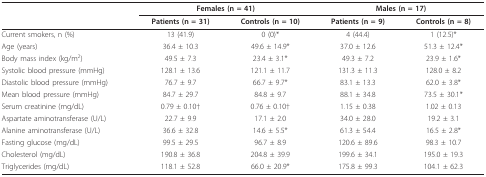
<table><thead><tr><td></td><td colspan="2"><b>Females (n = 41)</b></td><td colspan="2"><b>Males (n = 17)</b></td></tr><tr><td></td><td><b>Patients (n = 31)</b></td><td><b>Controls (n = 10)</b></td><td><b>Patients (n = 9)</b></td><td><b>Controls (n = 8)</b></td></tr></thead><tbody><tr><td>Current smokers, n (%)</td><td>13 (41.9)</td><td>0 (0)*</td><td>4 (44.4)</td><td>1 (12.5)*</td></tr><tr><td>Age (years)</td><td>36.4 ± 10.3</td><td>49.6 ± 14.9*</td><td>37.0 ± 12.6</td><td>51.3 ± 12.4*</td></tr><tr><td>Body mass index (kg/m<sup>2</sup>)</td><td>49.5 ± 7.3</td><td>23.4 ± 3.1*</td><td>49.3 ± 7.2</td><td>23.9 ± 1.6*</td></tr><tr><td>Systolic blood pressure (mmHg)</td><td>128.1 ± 13.6</td><td>121.1 ± 11.7</td><td>131.3 ± 11.3</td><td>128.0 ± 8.2</td></tr><tr><td>Diastolic blood pressure (mmHg)</td><td>76.7 ± 9.7</td><td>66.7 ± 9.7*</td><td>83.1 ± 13.3</td><td>62.0 ± 3.8*</td></tr><tr><td>Mean blood pressure (mmHg)</td><td>84.7 ± 29.7</td><td>84.8 ± 9.7</td><td>88.1 ± 34.8</td><td>73.5 ± 30.1*</td></tr><tr><td>Serum creatinine (mg/dL)</td><td>0.79 ± 0.10†</td><td>0.76 ± 0.10†</td><td>1.15 ± 0.38</td><td>1.02 ± 0.13</td></tr><tr><td>Aspartate aminotransferase (U/L)</td><td>22.7 ± 9.9</td><td>17.1 ± 2.0</td><td>34.0 ± 28.0</td><td>19.2 ± 3.1</td></tr><tr><td>Alanine aminotransferase (U/L)</td><td>36.6 ± 32.8</td><td>14.6 ± 5.5*</td><td>61.3 ± 54.4</td><td>16.5 ± 2.8*</td></tr><tr><td>Fasting glucose (mg/dL)</td><td>99.5 ± 29.5</td><td>96.7 ± 8.9</td><td>120.6 ± 89.6</td><td>98.3 ± 10.7</td></tr><tr><td>Cholesterol (mg/dL)</td><td>190.8 ± 36.8</td><td>204.8 ± 39.9</td><td>199.6 ± 34.1</td><td>195.0 ± 19.3</td></tr><tr><td>Triglycerides (mg/dL)</td><td>118.1 ± 52.8</td><td>66.0 ± 20.9*</td><td>175.8 ± 99.3</td><td>104.1 ± 62.3</td></tr></tbody></table>